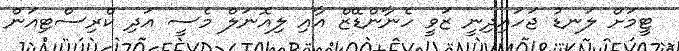
ޓީމަށް ލަނޑު ޖަހައިދިނީ ޒަވީ ހެނާންޑޭޒް އާއި ލިއޮނަލް މެސީ އަދި ކްރިސްޓިއަން